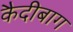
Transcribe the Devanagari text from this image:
कैदीबाग